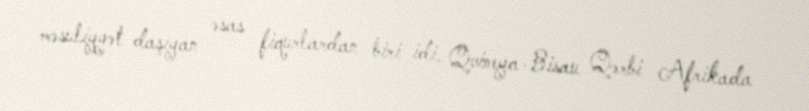
məsuliyyət daşıyan əsas fiqurlardan biri idi. Qvineya-Bisau Qərbi Afrikada